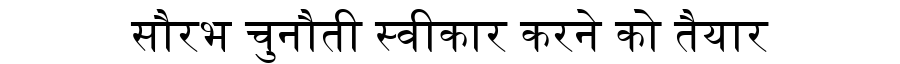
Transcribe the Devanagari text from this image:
सौरभ चुनौती स्वीकार करने को तैयार